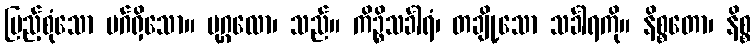
ပြည့်စုံသော မဂ်ရှိသော။ ပုဂ္ဂလော၊ သည်။ ကိဉ္စိသင်္ခါရံ၊ တချို့သော သင်္ခါရကို။ နိစ္စတော၊ နိစ္စ